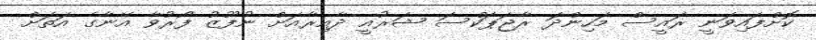
ކޮށްފައިވަނީ ރައީސް މަހިންދަ ރާޖަޕަކްސަ ޝަރުއީ ދާއިރާއަށް ނުފޫޒު ފޯރުވާ އޭނާގެ އަތަށް